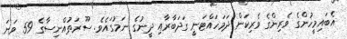
އެބައިމީހުންގެ ވެރިންގެ ވެރިކަން ދަމަހައްޓަނީ ގަދަބާރާއި ދީނުގެ ނަމުގައެވެ. ސޫރަތުއްނިސާގެ 59 ވަނަ